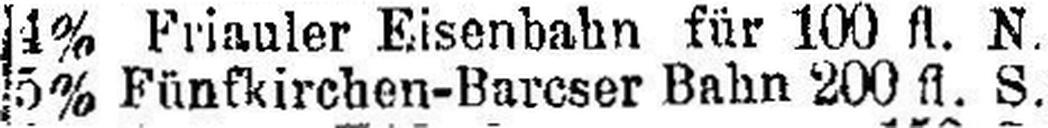
5% Fünfkirchen-Barcser Bahn 200 fl. S.